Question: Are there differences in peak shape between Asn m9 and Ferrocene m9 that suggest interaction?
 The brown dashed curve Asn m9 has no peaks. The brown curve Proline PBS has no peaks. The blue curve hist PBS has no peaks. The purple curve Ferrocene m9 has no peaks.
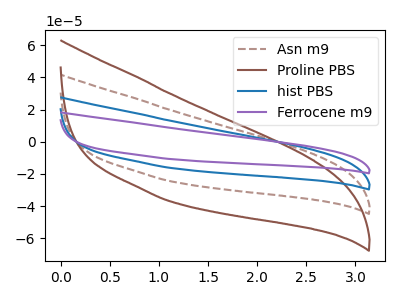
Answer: <think>Neither "Asn m9" or "Ferrocene m9" have any peaks.
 </think>
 <answer>No, "Asn m9" and "Ferrocene m9" don't appear to be significantly different in shape</answer>
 <eval>no_change</eval>